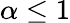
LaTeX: \alpha\le 1